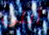
أبلى